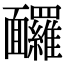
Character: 𩉙